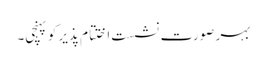
بہر صورت نشست اختتام پذیر کو پہنچی۔